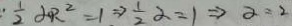
: \frac { 1 } { 2 } \alpha R ^ { 2 } = 1 \Rightarrow \frac { 1 } { 2 } \alpha = 1 \Rightarrow \alpha = 2